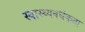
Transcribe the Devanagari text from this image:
स्वास्थ्यवर्धकता